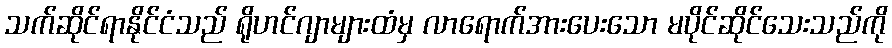
သက်ဆိုင်ရာနိုင်ငံသည် ရိုဟင်ဂျာများထံမှ လာရောက်အားပေးသော မပိုင်ဆိုင်သေးသည်ကို